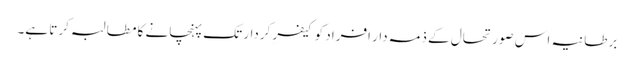
برطانیہ اس صورتحال کے ذمہ دار افراد کو کیفرِ کردار تک پہنچانے کا مطالبہ کرتا ہے۔